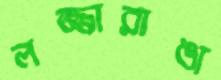
লজ্জারাঙা